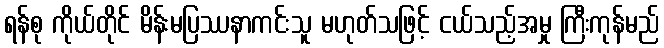
ရန်စု ကိုယ်တိုင် မိန်းမပြဿနာကင်းသူ မဟုတ်သဖြင့် ငယ်သည့်အမှု ကြီးကုန်မည်